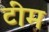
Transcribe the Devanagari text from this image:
टींम